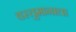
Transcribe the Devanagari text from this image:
वस्तुमानाला